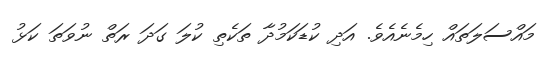
މައްސަލަތައް ހިމެނެއެވެ. އަދި ކުޑަކަމުދާ ތަކެތި ކުލަ ގަދަ ރަތް ނުވަތަ ކަޅު